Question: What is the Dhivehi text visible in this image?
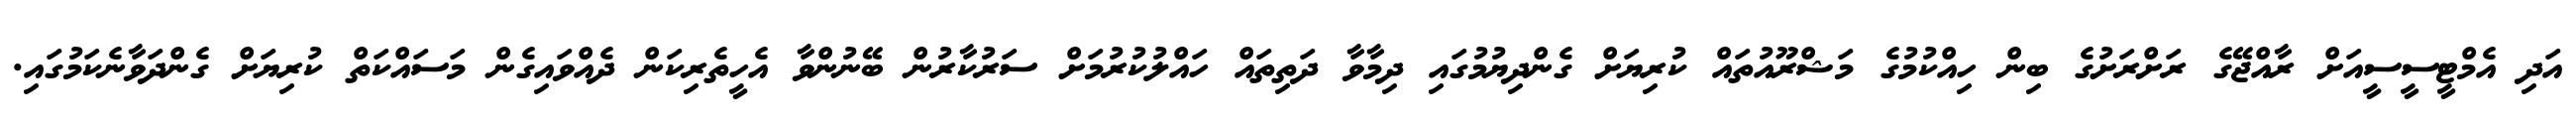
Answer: އަދި އެމްޓީސީސީއަށް ރާއްޖޭގެ ރަށްރަށުގެ ބިން ހިއްކުމުގެ މަޝްރޫއުތައް ކުރިޔަށް ގެންދިޔުމުގައި ދިމާވާ ދަތިތައް ހައްލުކުރުމަށް ސަރުކާރުން ބޭނުންވާ އެހީތެރިކަން ދެއްވައިގެން މަސައްކަތް ކުރިޔަށް ގެންދަވާނެކަމުގައި.